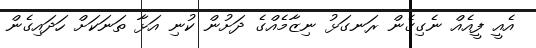
އެއީ ފީއެއް ނެގިގެން ރަނގަޅު ނިޒާމެއްގެ ދަށުން ކުނި އަޅާ ތަނަކަށް ހަދައިގެން